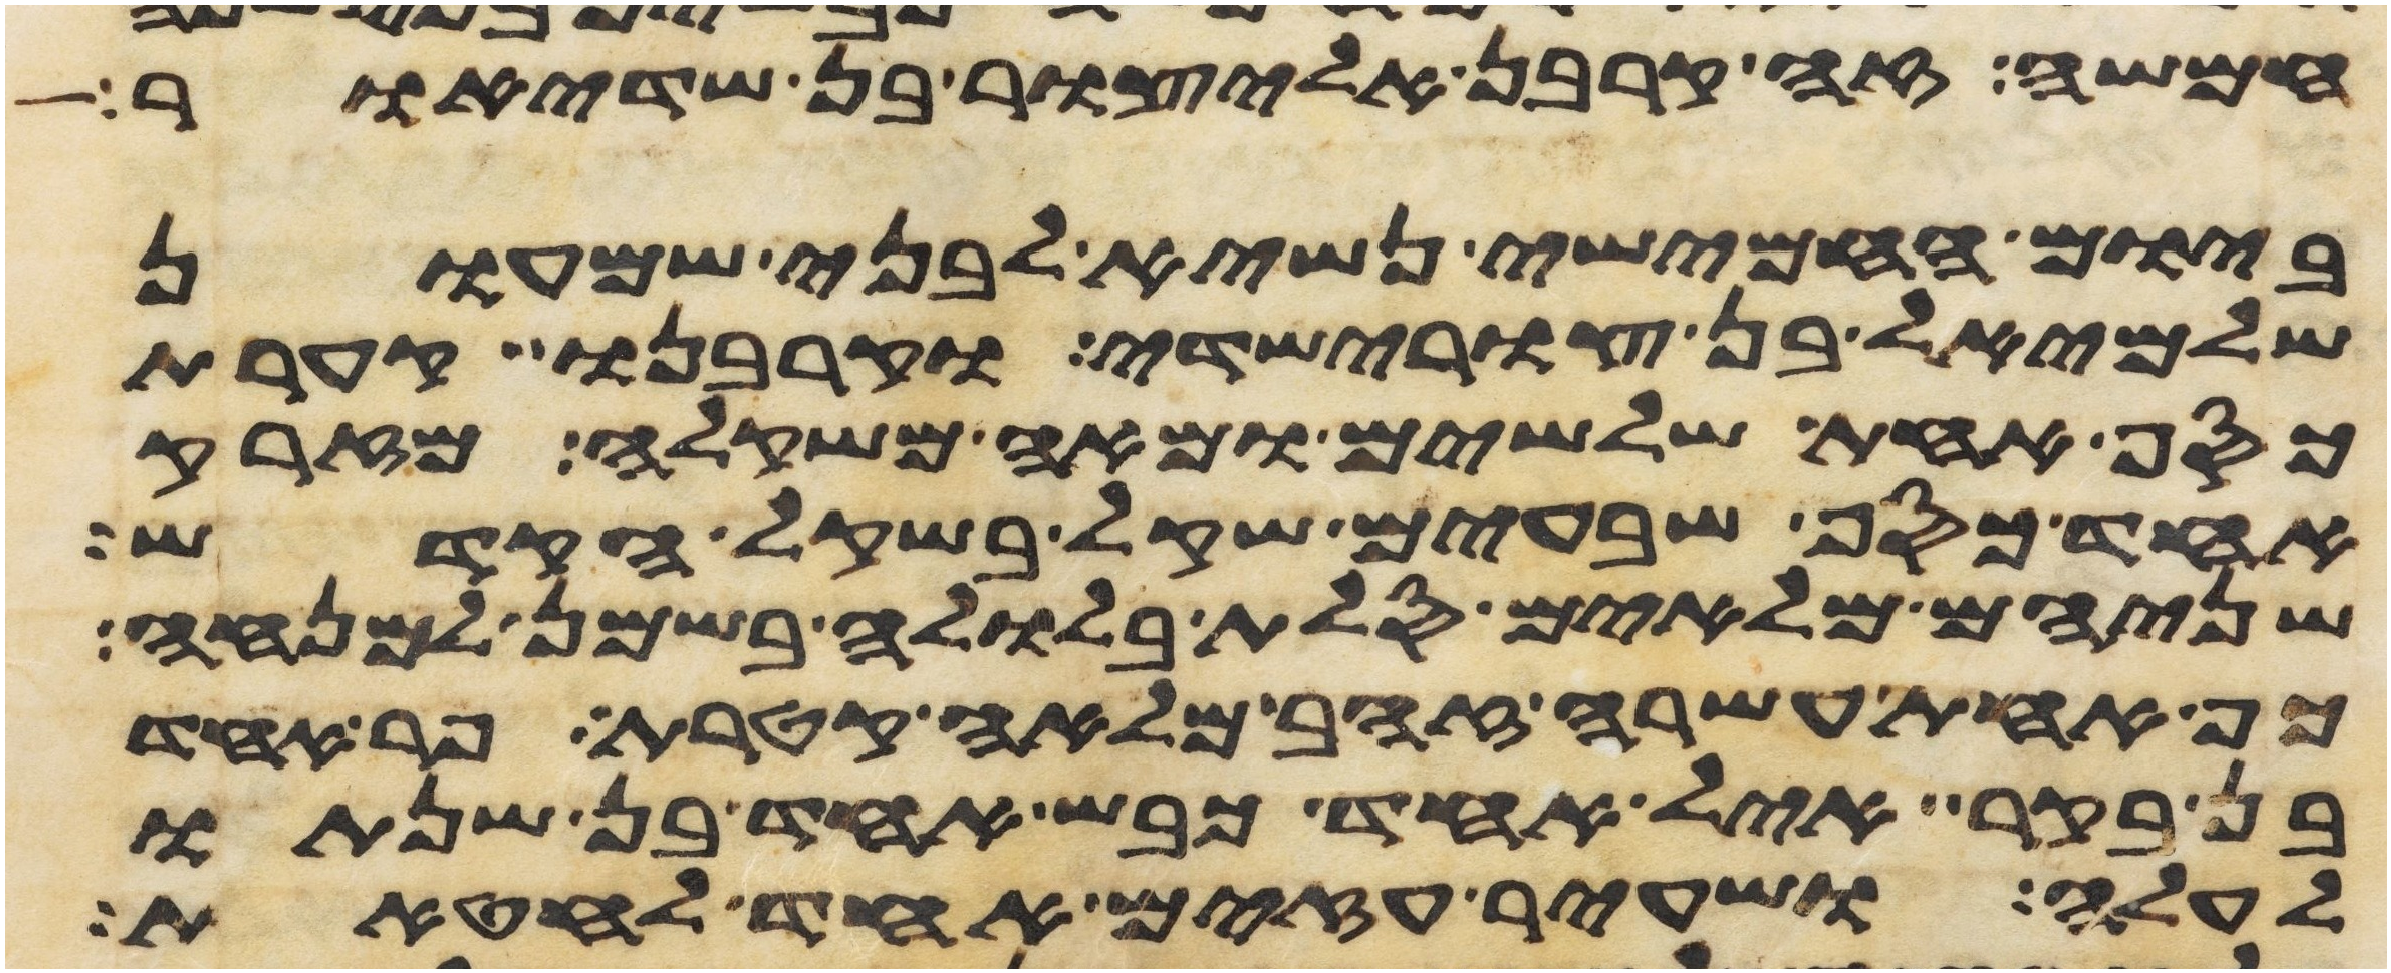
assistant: חמשה זה קרבן אליצור בן שדיאור
ביום החמישי נשיא לבני שמעון
שלמיאל בן צורישדי וקרבנו קערת
כסף אחת שלשים ומאה משקלה מזרק
אחד כסף שבעים שקל בשקל הקדש
שניהם מלאים סלת בלולה בשמן למנחה
כף אחת עשרה זהב מלאה קטרת פר אחד
בן בקר איל אחד כבש אחד בן שנתו
לעלה ושעיר עזים אחד לחטאת